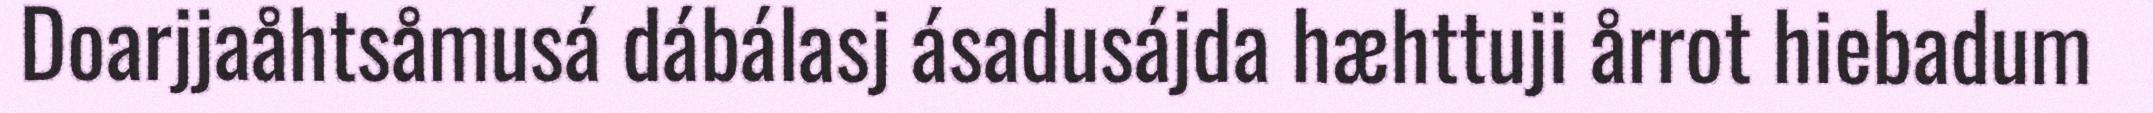
Doarjjaåhtsåmusá dábálasj ásadusájda hæhttuji årrot hiebadum